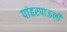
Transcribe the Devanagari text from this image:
पांढरपाऊनी